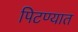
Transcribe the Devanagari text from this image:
पिटण्यात